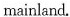
mainland.